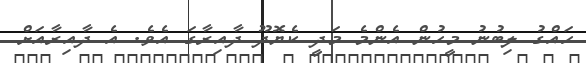
ހައްގު ލިބުނު މީހުން އެންމެ މަދީ ކެޔޮދޫ ދާއިރާގަ އެވެ. އެ ދާއިރާއަށް